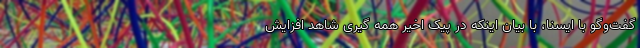
گفت‌وگو با ایسنا، با بیان اینکه در پیک اخیر همه گیری شاهد افزایش